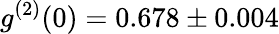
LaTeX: g^{(2)}(0)=0.678\pm 0.004